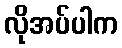
လိုအပ်ပါက